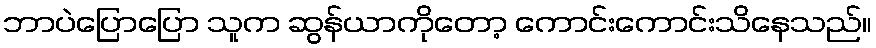
ဘာပဲပြောပြော သူက ဆွန်ယာကိုတော့ ကောင်းကောင်းသိနေသည်။